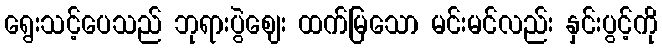
ရွေးသင့်ပေသည် ဘုရားပွဲဈေး ထက်မြသော မင်းမင်လည်း နှင်းပွင့်ကို